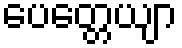
ပေတ္တေယျာ